Lunatic asylums United Provinces 1899-1908 - 1899-1908
Year: 1899
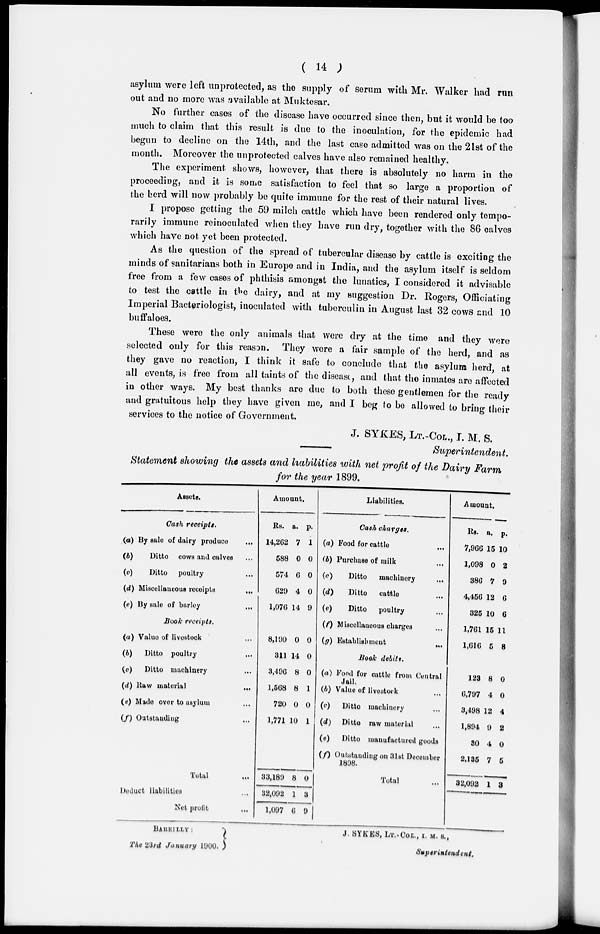
( 14 )
asylum were left unprotected, as the supply of serum with Mr. Walker had run
out and no more was available at Muktesar.
No further cases of the disease have occurred since then, but it would be too
much to claim that this result is due to the inoculation, for the epidemic had
begun to decline on the 14th, and the last case admitted was on the 21st of the
month. Moreover the unprotected calves have also remained healthy.
The experiment shows, however, that there is absolutely no harm in the
proceeding, and it is some satisfaction to feel that so large a proportion of
the herd will now probably be quite immune for the rest of their natural lives.
I propose getting the 59 milch cattle which have been rendered only tempo-
rarily immune reinoculated when they have run dry, together with the 86 calves
which have not yet been protected.
As the question of the spread of tubercular disease by cattle is exciting the
minds of sanitarians both in Europe and in India, and the asylum itself is seldom
free from a few cases of phthisis amongst the lunatics, I considered it advisable
to test the cattle in the dairy, and at my suggestion Dr. Rogers, Officiating
Imperial Bacteriologist, inoculated with tuberculin in August last 32 cows and 10
buffaloes.
These were the only animals that were dry at the time and they were
selected only for this reason. They were a fair sample of the herd, and as
they gave no reaction, I think it safe to conclude that the asylum herd, at
all events, is free from all taints of the disease, and that the inmates are affected
in other ways. My best thanks are due to both these gentlemen for the ready
and gratuitous help they have given me, and I beg to be allowed to bring their
services to the notice of Government.
J. SYKES, LT.-COL., I. M. S.
Superintendent.
Statement showing the assets and liabilities with net profit of the Dairy Farm
for the year 1899.
Assets.
Cash receipts.
(a) By sale of dairy produce
...
(6)
Ditto cows and calves ...
(c)
Ditto poultry ...
(d) Miscellaneous receipts
...
(e) By sale of barley ...
Book receipts.
(a) Value of livestock ...
(b)
Ditto poultry ...
(c)
Ditto machinery ...
(d) Raw material ...
(e) Made over to asylum
(f) Outstanding
Total
...
Deduct liabilities ...
Net profit ...
Amount.
Rs.
14,262
588
574
629
1,076
a.
7
0
6
4
14
p.
1
0
0
0
9
8,190
311
3,496
1,608
720
1,771
33,180
32,092
1,097
0
14
8
8
0
10
8
1
6
0
0
0
1
0
1
0
3
9
Liabilities.
Cash charges.
(a) Food for cattle ...
(b) Purchase of milk ...
(c)
Ditto
machinery
...
(d)
Ditto cattle ...
(e)
Ditto
poultry ...
(f) Miscellaneous charges
(g) Establishment
...
Book debits.
(a) Food for cattle from Central
Jail.
(b) Value of livestock ...
(c)
Ditto machinery
(d)
Ditto raw material
(e)
Ditto manufactured goods
(f) Outstanding on 31st December
1808.
Total ...
Amount.
Rs.
7,966
1,098
386
4,456
325
1,761
1,616
a.
15
0
7
12
10
15
5
p.
10
2
9
6
6
11
8
123
6,797
3,498
1,894
30
2.135
32,092
8
4
12
9
4
7
1
0
0
4
2
0
5
3
BARELLY :
The 23rd January
1900.
J. SYKES, LT.-COL., I. M. S.,
Superintendent.